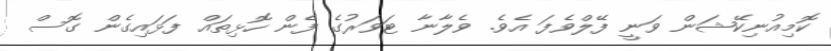
ކޮމިއުނިކޭޝަން ވަނީ ފޭލްވެފަ އެވެ. ވެލާނާ ޓަވަރުގެ ފެން ހޮޅިތައް ފަޅައިގެން ގޮސް